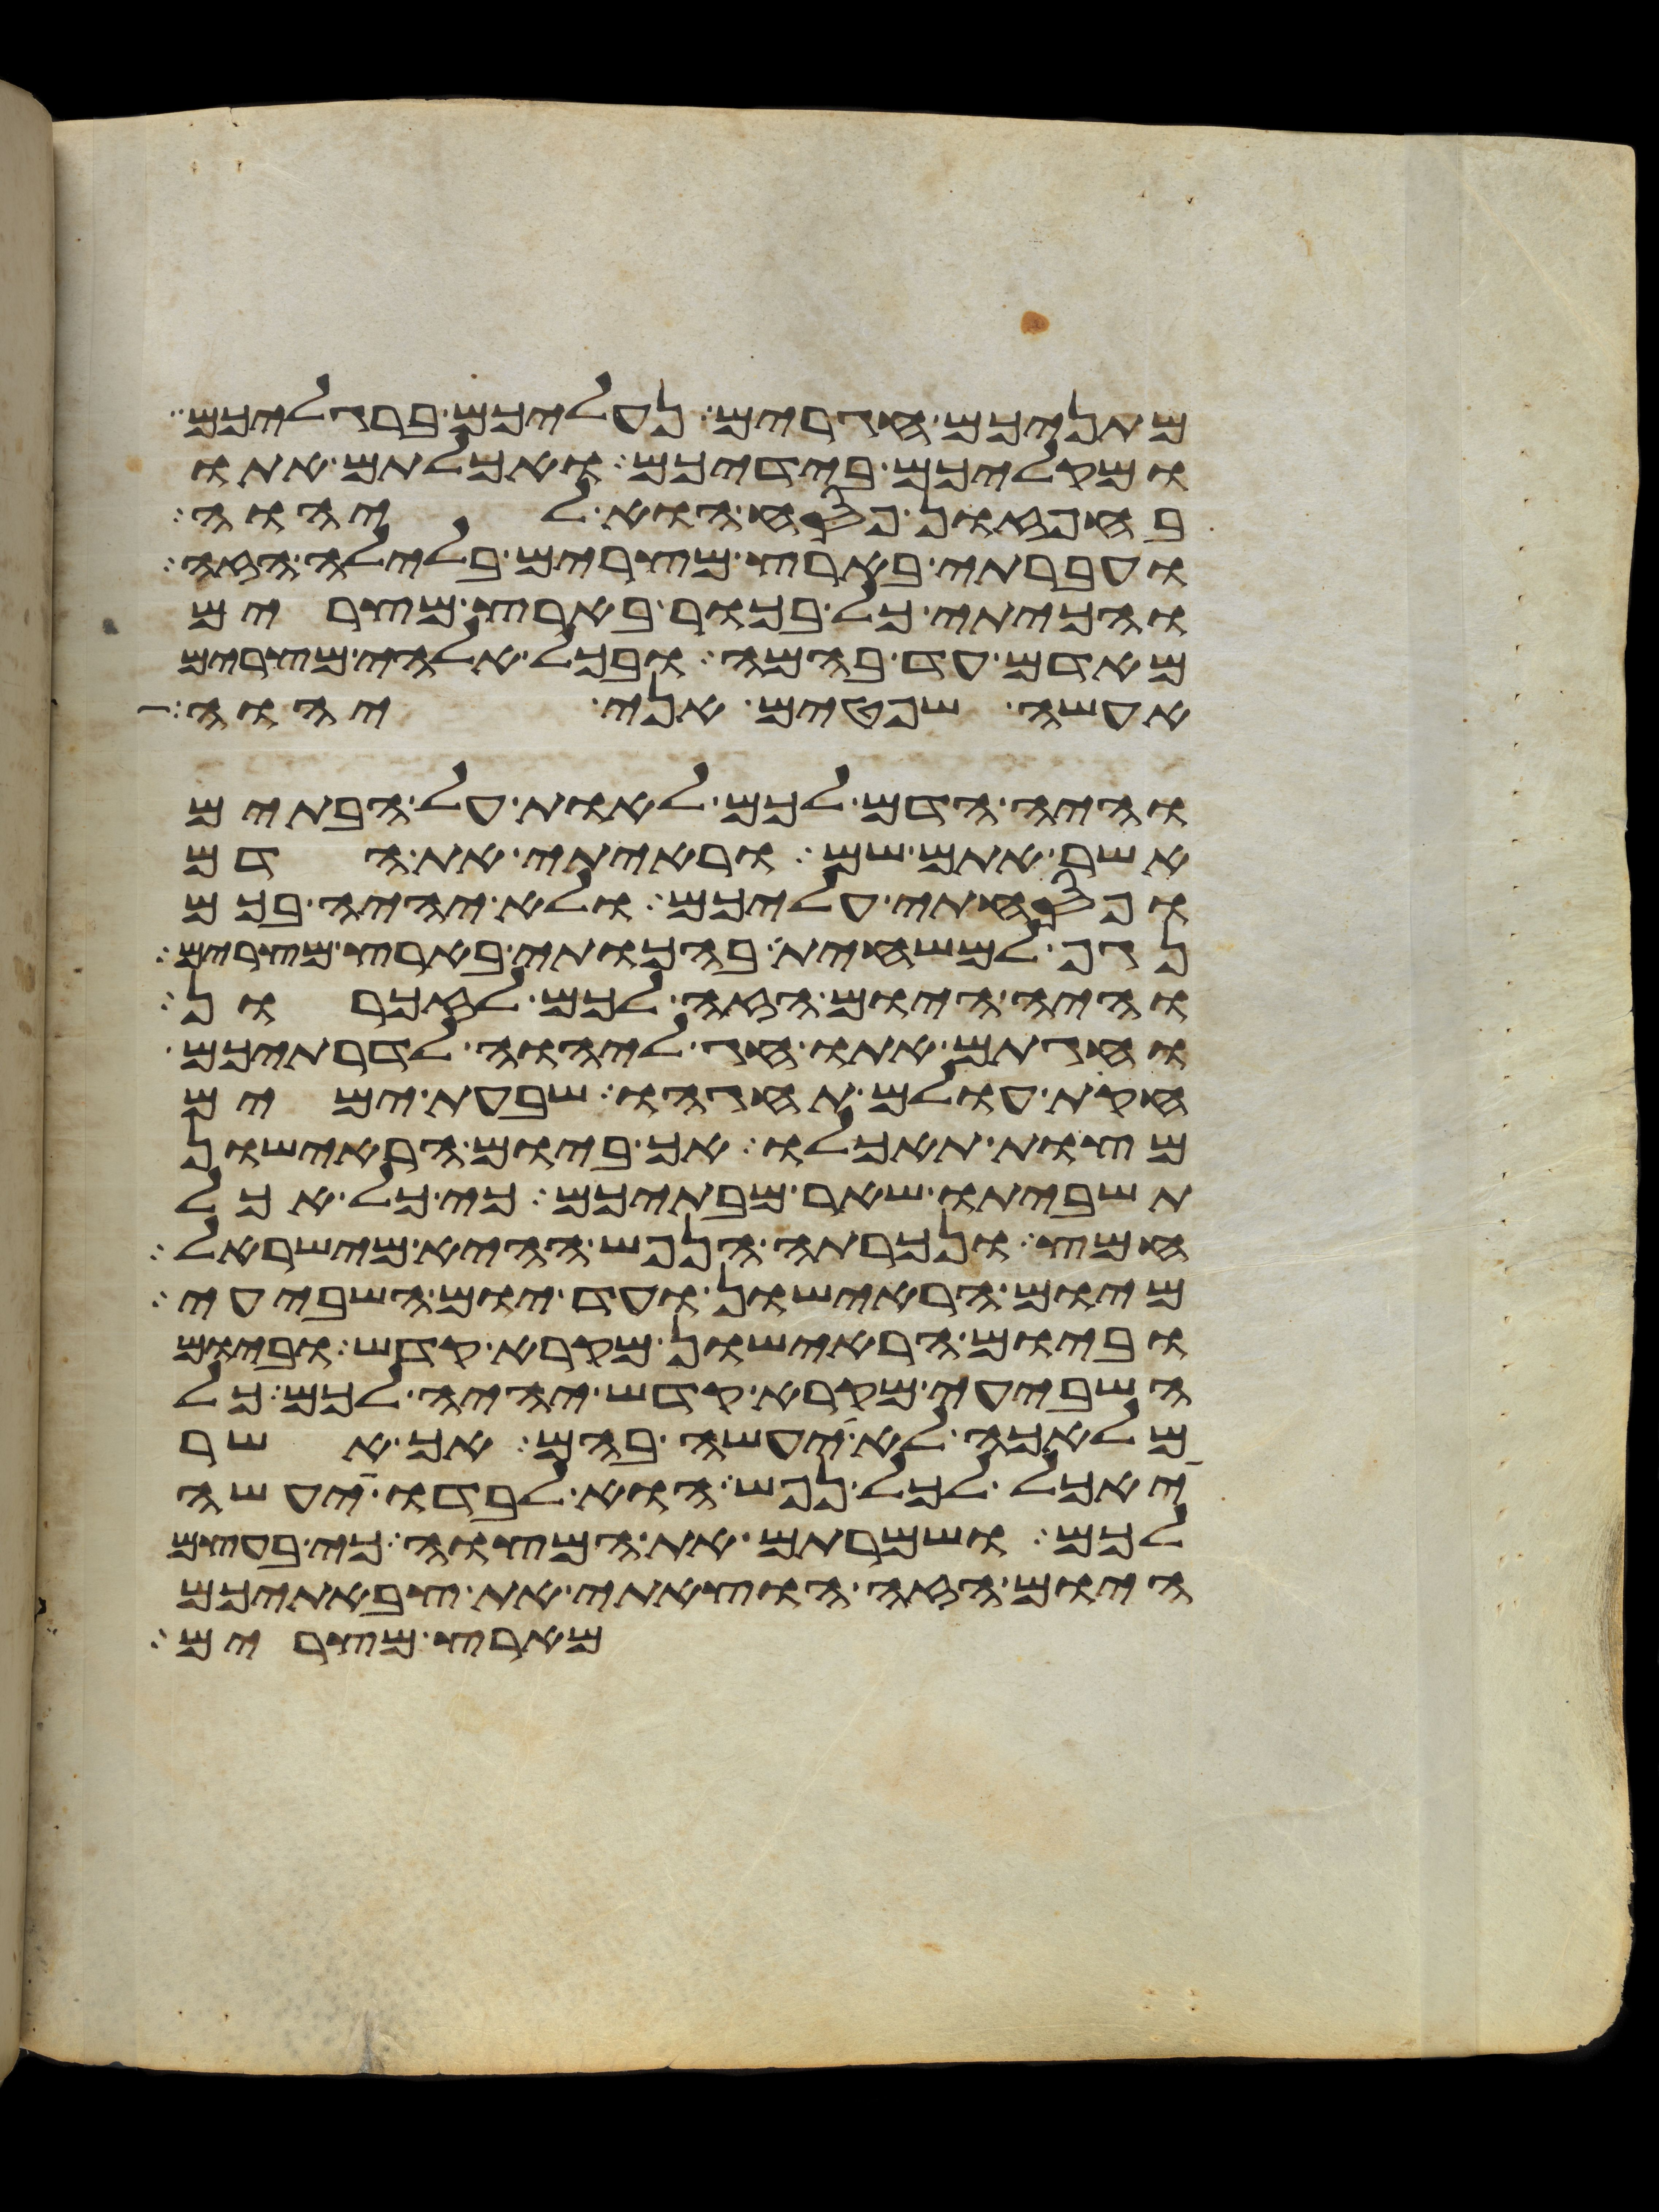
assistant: מתניכם חגרים נעליכם ברגליכם
ומקליכם בידיכם ואכלתם אתו
בחפזון פסח הוא ליהוה
ועברתי בארץ מצרים בלילה הזה
והכיתי כל בכור בארץ מצרים
מאדם עד בהמה ובכל אלהי מצרים
אעשה שפטים אני יהוה
והיה הדם לכם לאות על הבתים
אשר אתם שם וראיתי את הדם
ופסחתי עליכם ולא יהיה בכם
נגף למשחית בהכותי בארץ מצרים
והיה היום הזה לכם לזכרון
וחגתם אתו חג ליהוה לדרתיכם
חקת עולם תחגהו שבעת ימים
מצות תאכלו אך ביום הראישון
תשביתו שאר מבתיכם כי כל אכל
חמץ ונכרתה הנפש ההיא מישראל
מיום הראישון ועד יום השביעי
וביום הראישון מקרא קדש וביום
השביעי מקרא קדש יהיה לכם כל
מלאכה לא יעשה בהם אך אשר
יאכל לכל נפש הוא לבדו יעשה
לכם ושמרתם את המצוה כי בעצם
היום הזה הוצאתי את צבאתיכם
מארץ מצרים